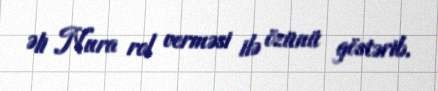
Əli Nura rol verməsi ilə özünü göstərib.